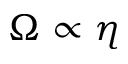
\Omega \propto \eta